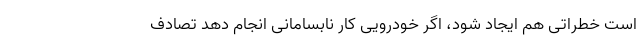
است خطراتی هم ایجاد شود، اگر خودرویی کار نابسامانی انجام دهد تصادف